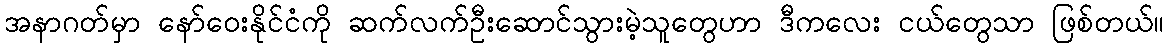
အနာဂတ်မှာ နော်ဝေးနိုင်ငံကို ဆက်လက်ဦးဆောင်သွားမဲ့သူတွေဟာ ဒီကလေး ငယ်တွေသာ ဖြစ်တယ်။